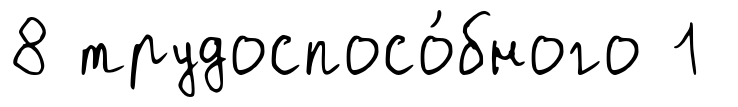
8 трудоспосо́бного 1